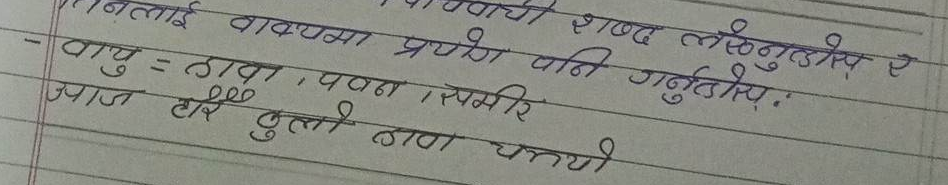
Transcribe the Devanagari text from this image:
निम्नलिखित शब्दलाई वाक्यमा प्रयोग पनि गर्नुहोस्:
- वायु = हावा, पवन, समीर
आज धेरै ठुलो हावा चल्यो